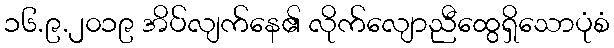
၁၆.၉.၂၀၁၉ အိပ်လျက်နေ၏ လိုက်လျောညီထွေရှိသောပုံစံ